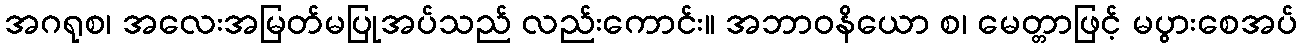
အဂရုစ၊ အလေးအမြတ်မပြုအပ်သည် လည်းကောင်း။ အဘာဝနိယော စ၊ မေတ္တာဖြင့် မပွားစေအပ်